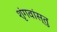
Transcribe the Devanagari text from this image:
शृंगवांस्तु